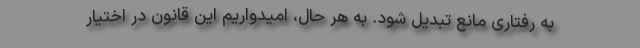
به رفتاری مانع تبدیل شود. به هر حال، امیدواریم این قانون در اختیار